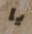
يا